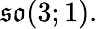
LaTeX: {\mathfrak{so}}(3;1).